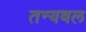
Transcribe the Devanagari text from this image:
तन्यबल